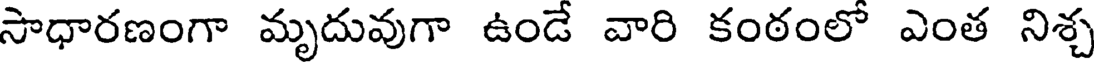
సాధారణంగా మృదువుగా ఉండే వారి కంఠంలో ఎంత నిశ్చ